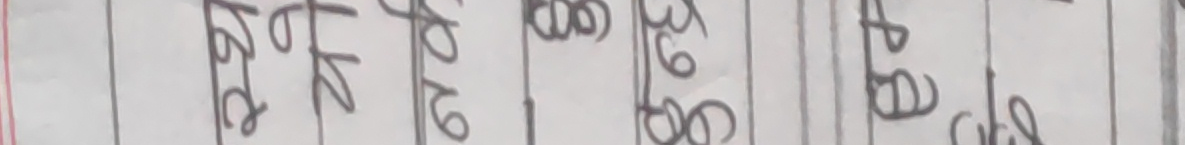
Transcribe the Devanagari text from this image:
७२
५०७५
३९७६
१४७२